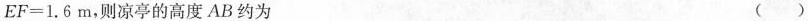
$$EF=1.6m$$，则凉亭的高度AB约为 （ )